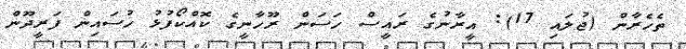
ތެހެރާން (ޖުލައި 17): އީރާނުގެ ރައީސް ހަސަން ރޫހާނީގެ ކޮއްކޯފުޅު ހުސައިން ފަރީދޫން